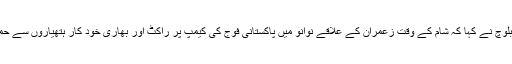
گہرام بلوچ نے کہا کہ شام کے وقت زعمران کے علاقے نوانو میں پاکستانی فوج کی کیمپ پر راکٹ اور بھاری خود کار ہتھیاروں سے حملہ کیا۔